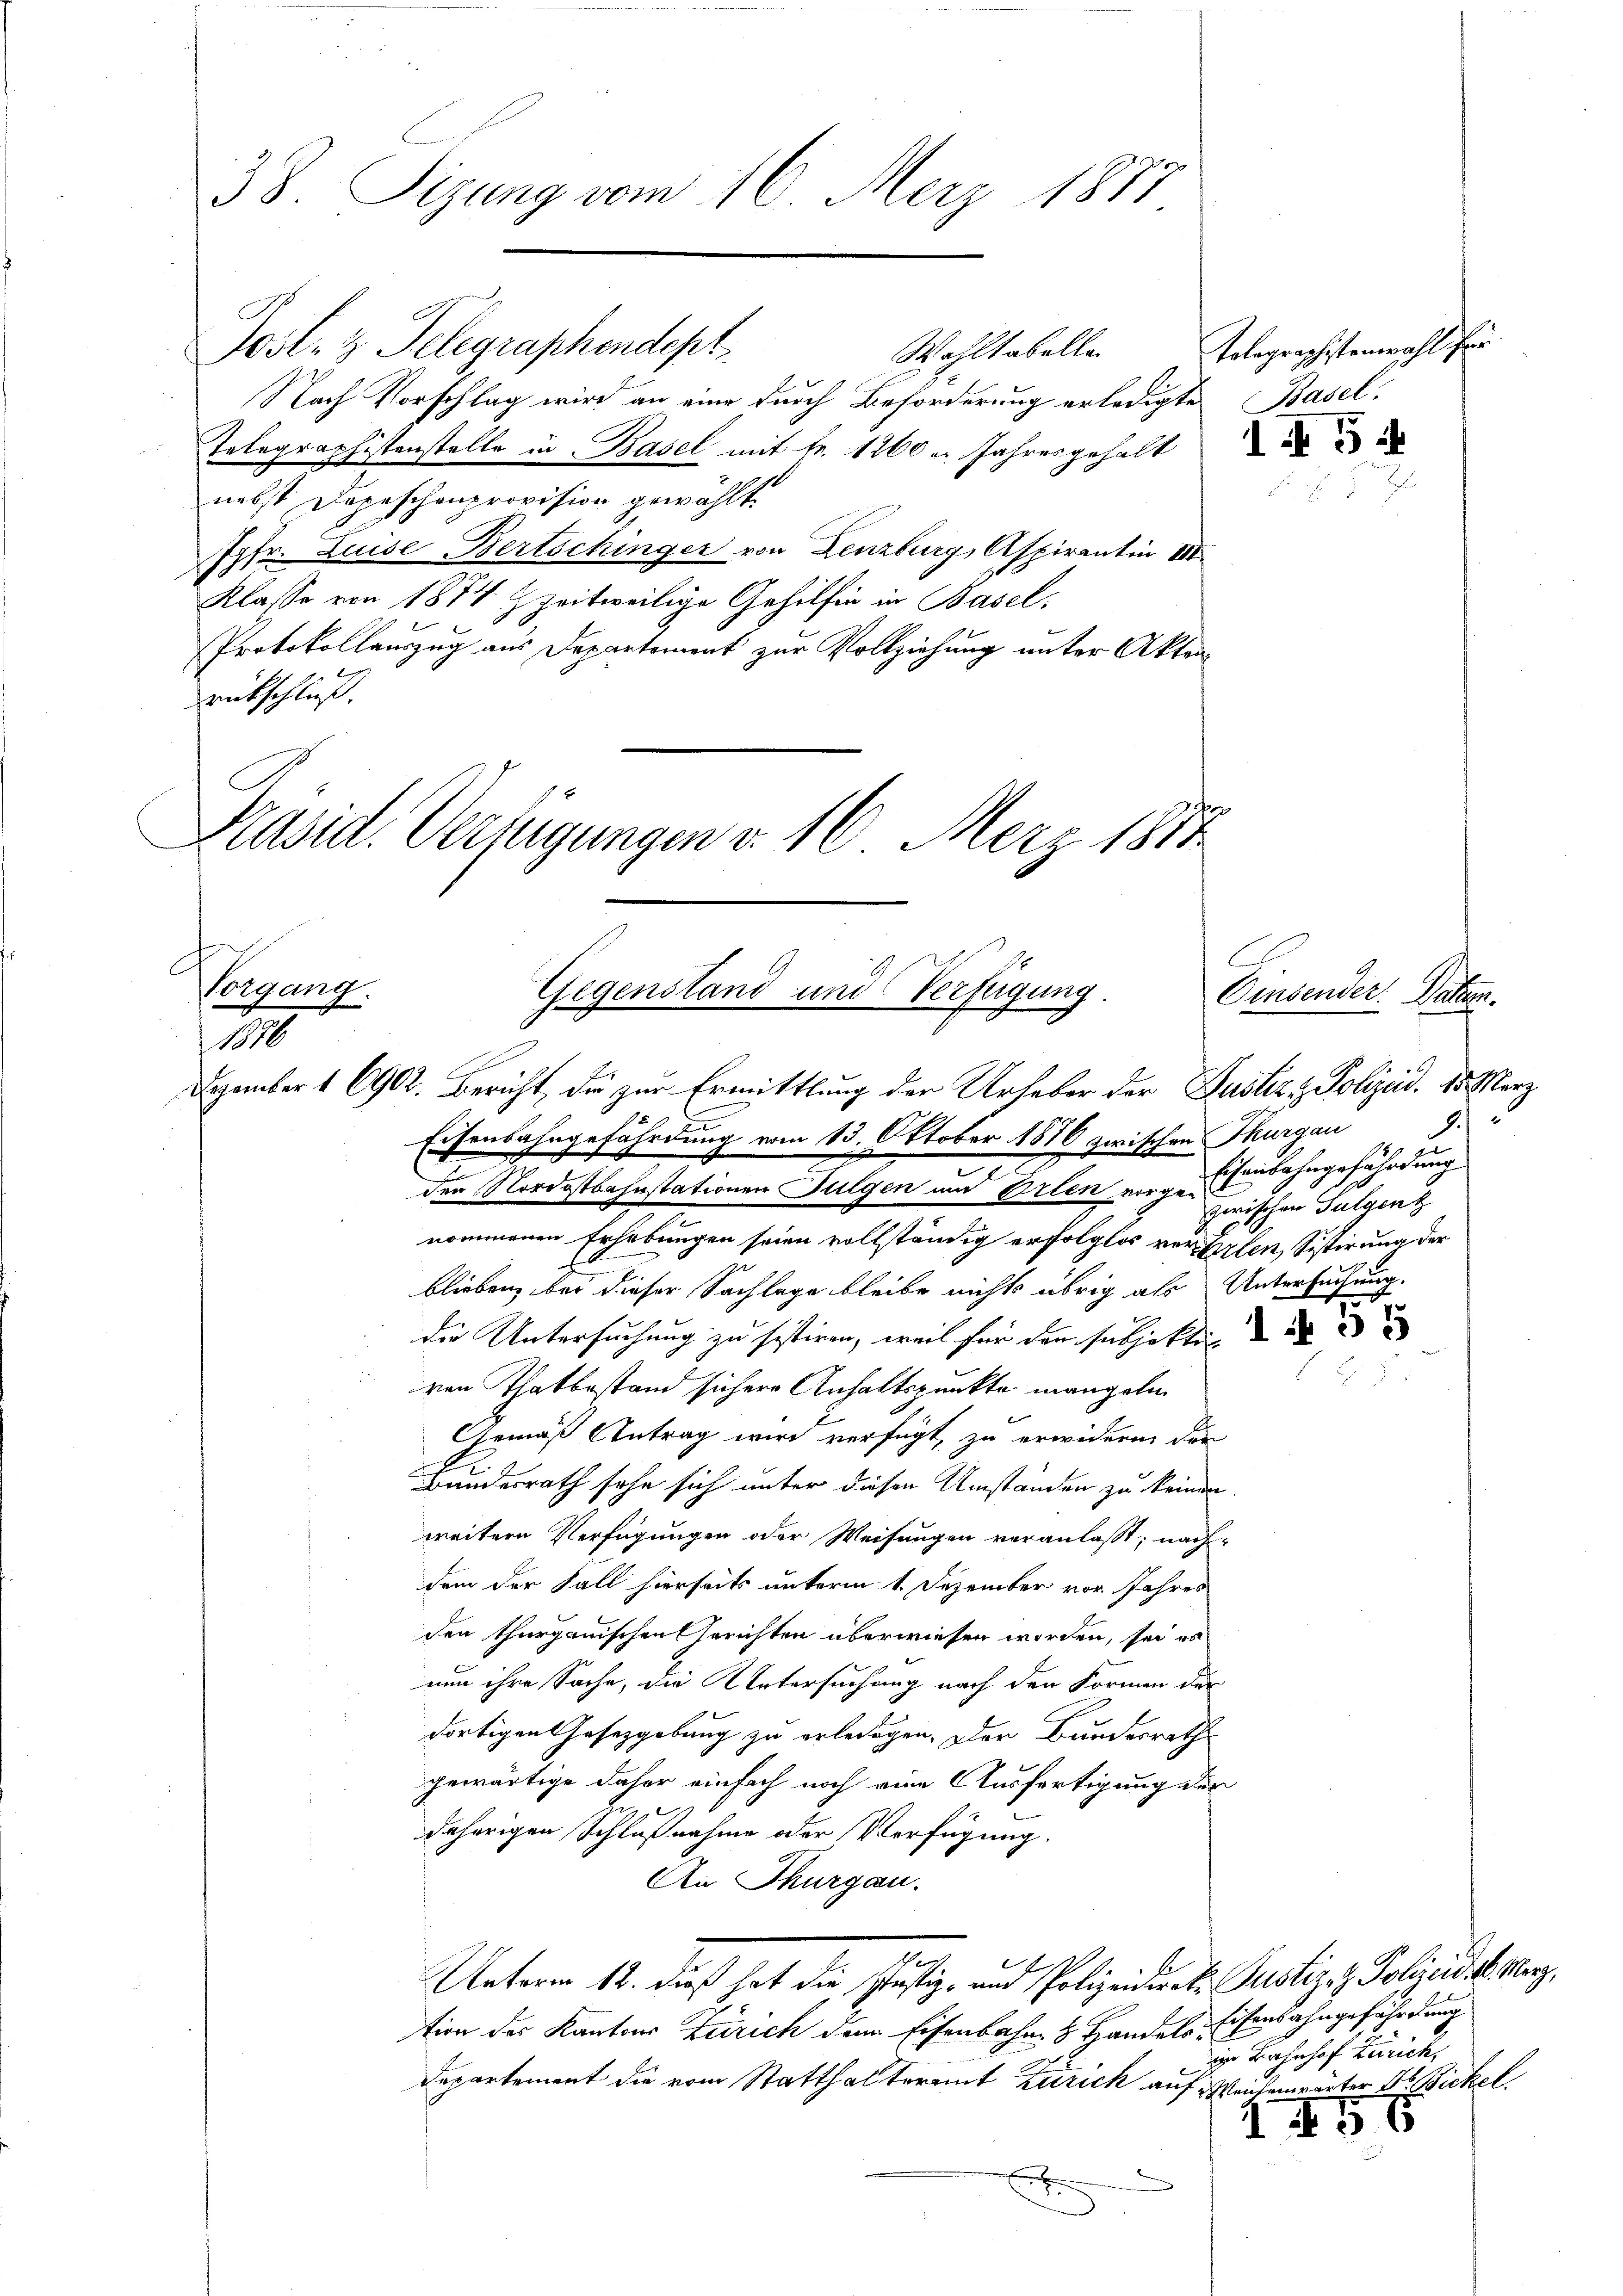
38. Sizung vom 16. Merz 1877

Josl. z. Telegraphendept.
Wohltabelle
Nach Vorschlag wird an eine durch Beförderung erledigte
Telegraphistenstelle in Basel mit fr. 1260 u. Jahresgehalt
nebst Depeschenprovision gewählt
Jgfr. Luise Bertschinger von Lenzburg, Aspirantin III
Klasse von 1874 zzeitweilige Gehilfen in Basel,
Protokollauszug aus Departement zur Vollziehung unter Akten
rückschluss.
Pasid. Verfügungen d. 16. März 1877

A
Vorgang
Gegenstand und Verfügung.
1876
Dezember 1902. Bericht, die zur Ermittlung der Urheber der Justiz & Polizeid. 15. März

Telegrechstenwahl für
Basel.

Eisenbahngefährdung vom 13. Oktober 1876 zwischen Thurgau
2
der Nordostbahnstationen Fulgen und Erlen vorgehenbahngefährdung
nommenen Erhebungen seien vollständig erfolglos verhielen, Sistirung der
blieben, bei dieser Sachlage bleibe nichts übrig als Untersuchung.
die Untersuchung zu sestiren, weil für den subjekten de
ven Thatbestand sichere Anhaltspunkte mangeln
Gemäß Antrag wird verfügt, zu erwidern die
Bundesrath sehe sich unter diesen Umständen zu keinen
weitern Verfügungen oder Weisungen veranlasst, nach-
dem der Fall hierseits unterm 1. Dezember vor. Jahres
den thurgauischen Gerichten überwiesen worden, sei es
nun ihre Sache, die Untersuchung nach den Formen der
dortigen Gesetzgebung zu erledigen. Der Bundesrath
gewärtige daher einfach noch eine Ausfertigung der
daherigen Schlußnahme oder Verfügung.
An Thurgau.
1
.
Unterm 12. dieß hat die Justiz- und Polizeidiret. Justiz- & Polizeidi. Merz,
tion des Kantons Zürich dem Eisenbahn & Handels-
Departement die vom Statthalteramt Zürich auf Weisenwärter 1. Bickel
1
e
x
.

1 5

.
zerischen Sulgen

Fridente See

3 x

Eisenbahngefährdung
ige Bahnhof Zürich,